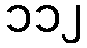
၁၁၂